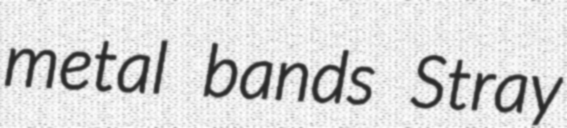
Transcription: metal bands Stray